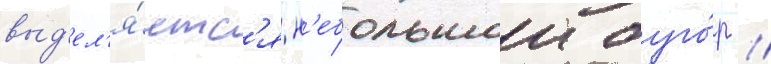
выд'ел'я́етс'я н'ебольшои буго́р /